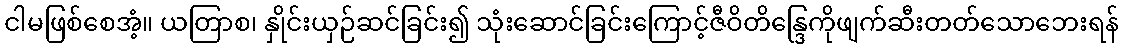
ငါမဖြစ်စေအံ့။ ယတြာစ၊ နှိုင်းယှဉ်ဆင်ခြင်း၍ သုံးဆောင်ခြင်းကြောင့်ဇီဝိတိန္ဒြေကိုဖျက်ဆီးတတ်သောဘေးရန်